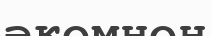
әкемнен